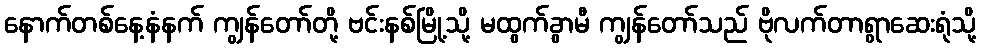
နောက်တစ်နေ့နံနက် ကျွန်တော်တို့ ဗင်းနစ်မြို့သို့ မထွက်ခွာမီ ကျွန်တော်သည် ဗိုလက်တာရွာဆေးရုံသို့